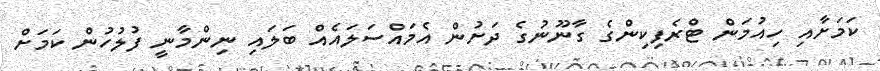
ކަމަށާއި ހިއުމަން ޓްރެފިކިންގެ ގާނޫނުގެ ދަށުން އެމައްސަލައެއް ބަލައި ނިންމާނީ ފުލުހުން ކަމަށް